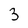
Character: 3